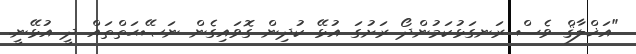
"އަޚްލާޤް ވެސް ރަނގަޅުކަމުންދޯ ރަށުގަ އުޅޭ ކުދިން ގޮވައިގެން ނަޞޭޙަތްތައް ދީ އުޅޭނީ.